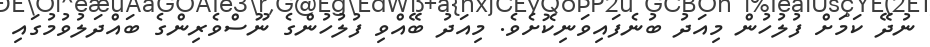
ނުދޭ ކަމަށް ފުލުހުން މިއަދު ބުނެފައިވަނިކޮށެވެ. މިއަދު ބޭއްވި ފުލުހުންގެ ނޫސްވެރިންގެ ބައްދަލުވުމުގައި